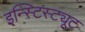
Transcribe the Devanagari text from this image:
इन्स्टिस्ट्यूट